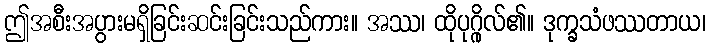
ဤအစီးအပွားမရှိခြင်းဆင်းခြင်းသည်ကား။ အဿ၊ ထိုပုဂ္ဂိုလ်၏။ ဒုက္ခသံဖဿတာယ၊